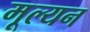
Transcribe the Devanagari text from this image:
मूल्‍यन